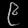
Digit: ၉